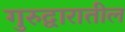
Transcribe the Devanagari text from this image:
गुरुद्वारातील